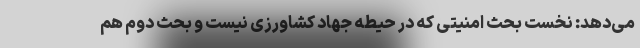
می‌دهد: نخست بحث امنیتی که در حیطه جهاد کشاورزی نیست و بحث دوم هم